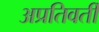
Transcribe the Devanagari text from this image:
अप्रतिवर्ती